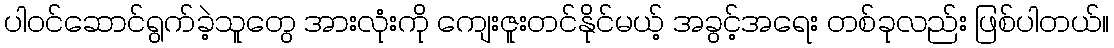
ပါဝင်ဆောင်ရွက်ခဲ့သူတွေ အားလုံးကို ကျေးဇူးတင်နိုင်မယ့် အခွင့်အရေး တစ်ခုလည်း ဖြစ်ပါတယ်။